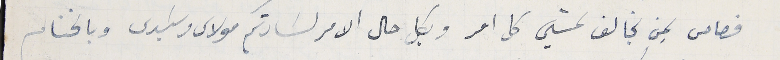
قصاص لِمن يخالف ىمشي كل امر وبكل حال الامر لسَادتكم مولاى وسَيدى وبالختام